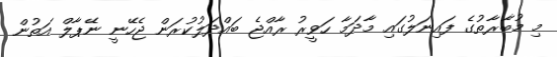
މި މުބާރާތުގެ ފައިނަލުގައި މާދަމާ ހަވީރު ރާއްޖެ ބައްދަލުކުރަން ޖެހޭނީ ނޭޕާލް އަތުން